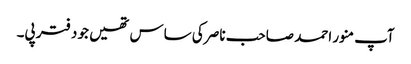
آپ منور احمد صاحب ناصر کی ساس تھیں جو دفتر پی۔